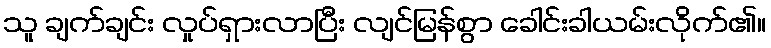
သူ ချက်ချင်း လှုပ်ရှားလာပြီး လျင်မြန်စွာ ခေါင်းခါယမ်းလိုက်၏။